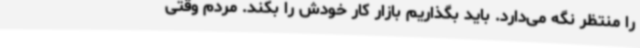
را منتظر نگه می‌دارد. باید بگذاریم بازار کار خودش را بکند. مردم وقتی